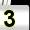
Digit: 3